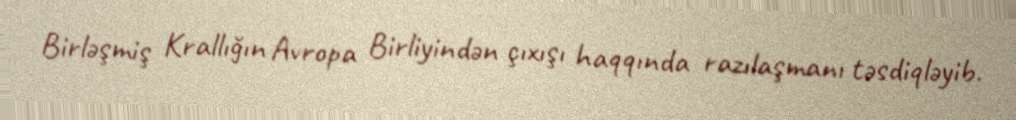
Birləşmiş Krallığın Avropa Birliyindən çıxışı haqqında razılaşmanı təsdiqləyib.